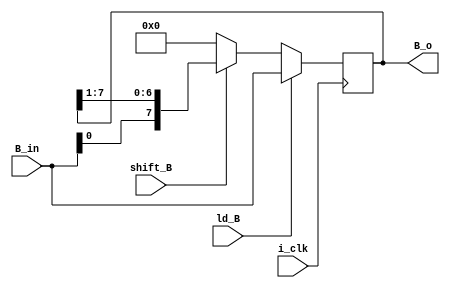
module Shift_Reg_b ( B_in , B_o , i_clk ,  ld_B , shift_B  );
parameter N2 = 8;
input i_clk ;
input [N2-1:0] B_in ;
input ld_B ;
input shift_B ;
output reg [N2-1:0] B_o ;




always @ (posedge i_clk )
          begin
        if (ld_B)
                  begin
            B_o <= B_in ;
              end
             else if (shift_B)
               begin
                         B_o <= {B_in, B_o[7:1]} ; ///shift right///
                         
       end
           else
     begin
       B_o <= 8'b0000_0000;
       end
   end
endmodule